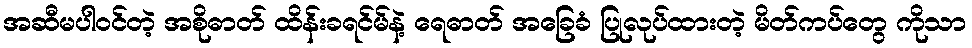
အဆီမပါဝင်တဲ့ အစိုဓာတ် ထိန်းခရင်မ်နဲ့ ရေဓာတ် အခြေခံ ပြုလုပ်ထားတဲ့ မိတ်ကပ်တွေ ကိုသာ